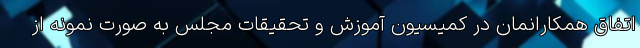
اتفاق همکارانمان در کمیسیون آموزش و تحقیقات مجلس به صورت نمونه از